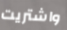
واشتريت